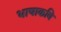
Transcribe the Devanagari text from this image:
भाषाकवि